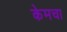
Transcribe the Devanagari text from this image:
केमचा